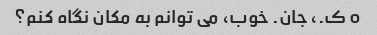
o ک.، جان. خوب، می توانم به مکان نگاه کنم؟